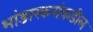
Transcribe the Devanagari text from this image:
भांडारकरांकडील